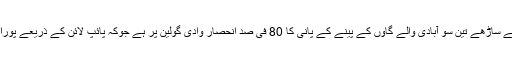
موری پائیں کے ساڑھے تین سو آبادی والے گاؤں کے پینے کے پانی کا 80 فی صد انحصار وادی گولین پر ہے جوکہ پائپ لائن کے ذریعے پورا کی جاتی ہے۔